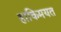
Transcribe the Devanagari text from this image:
हाकिमयत